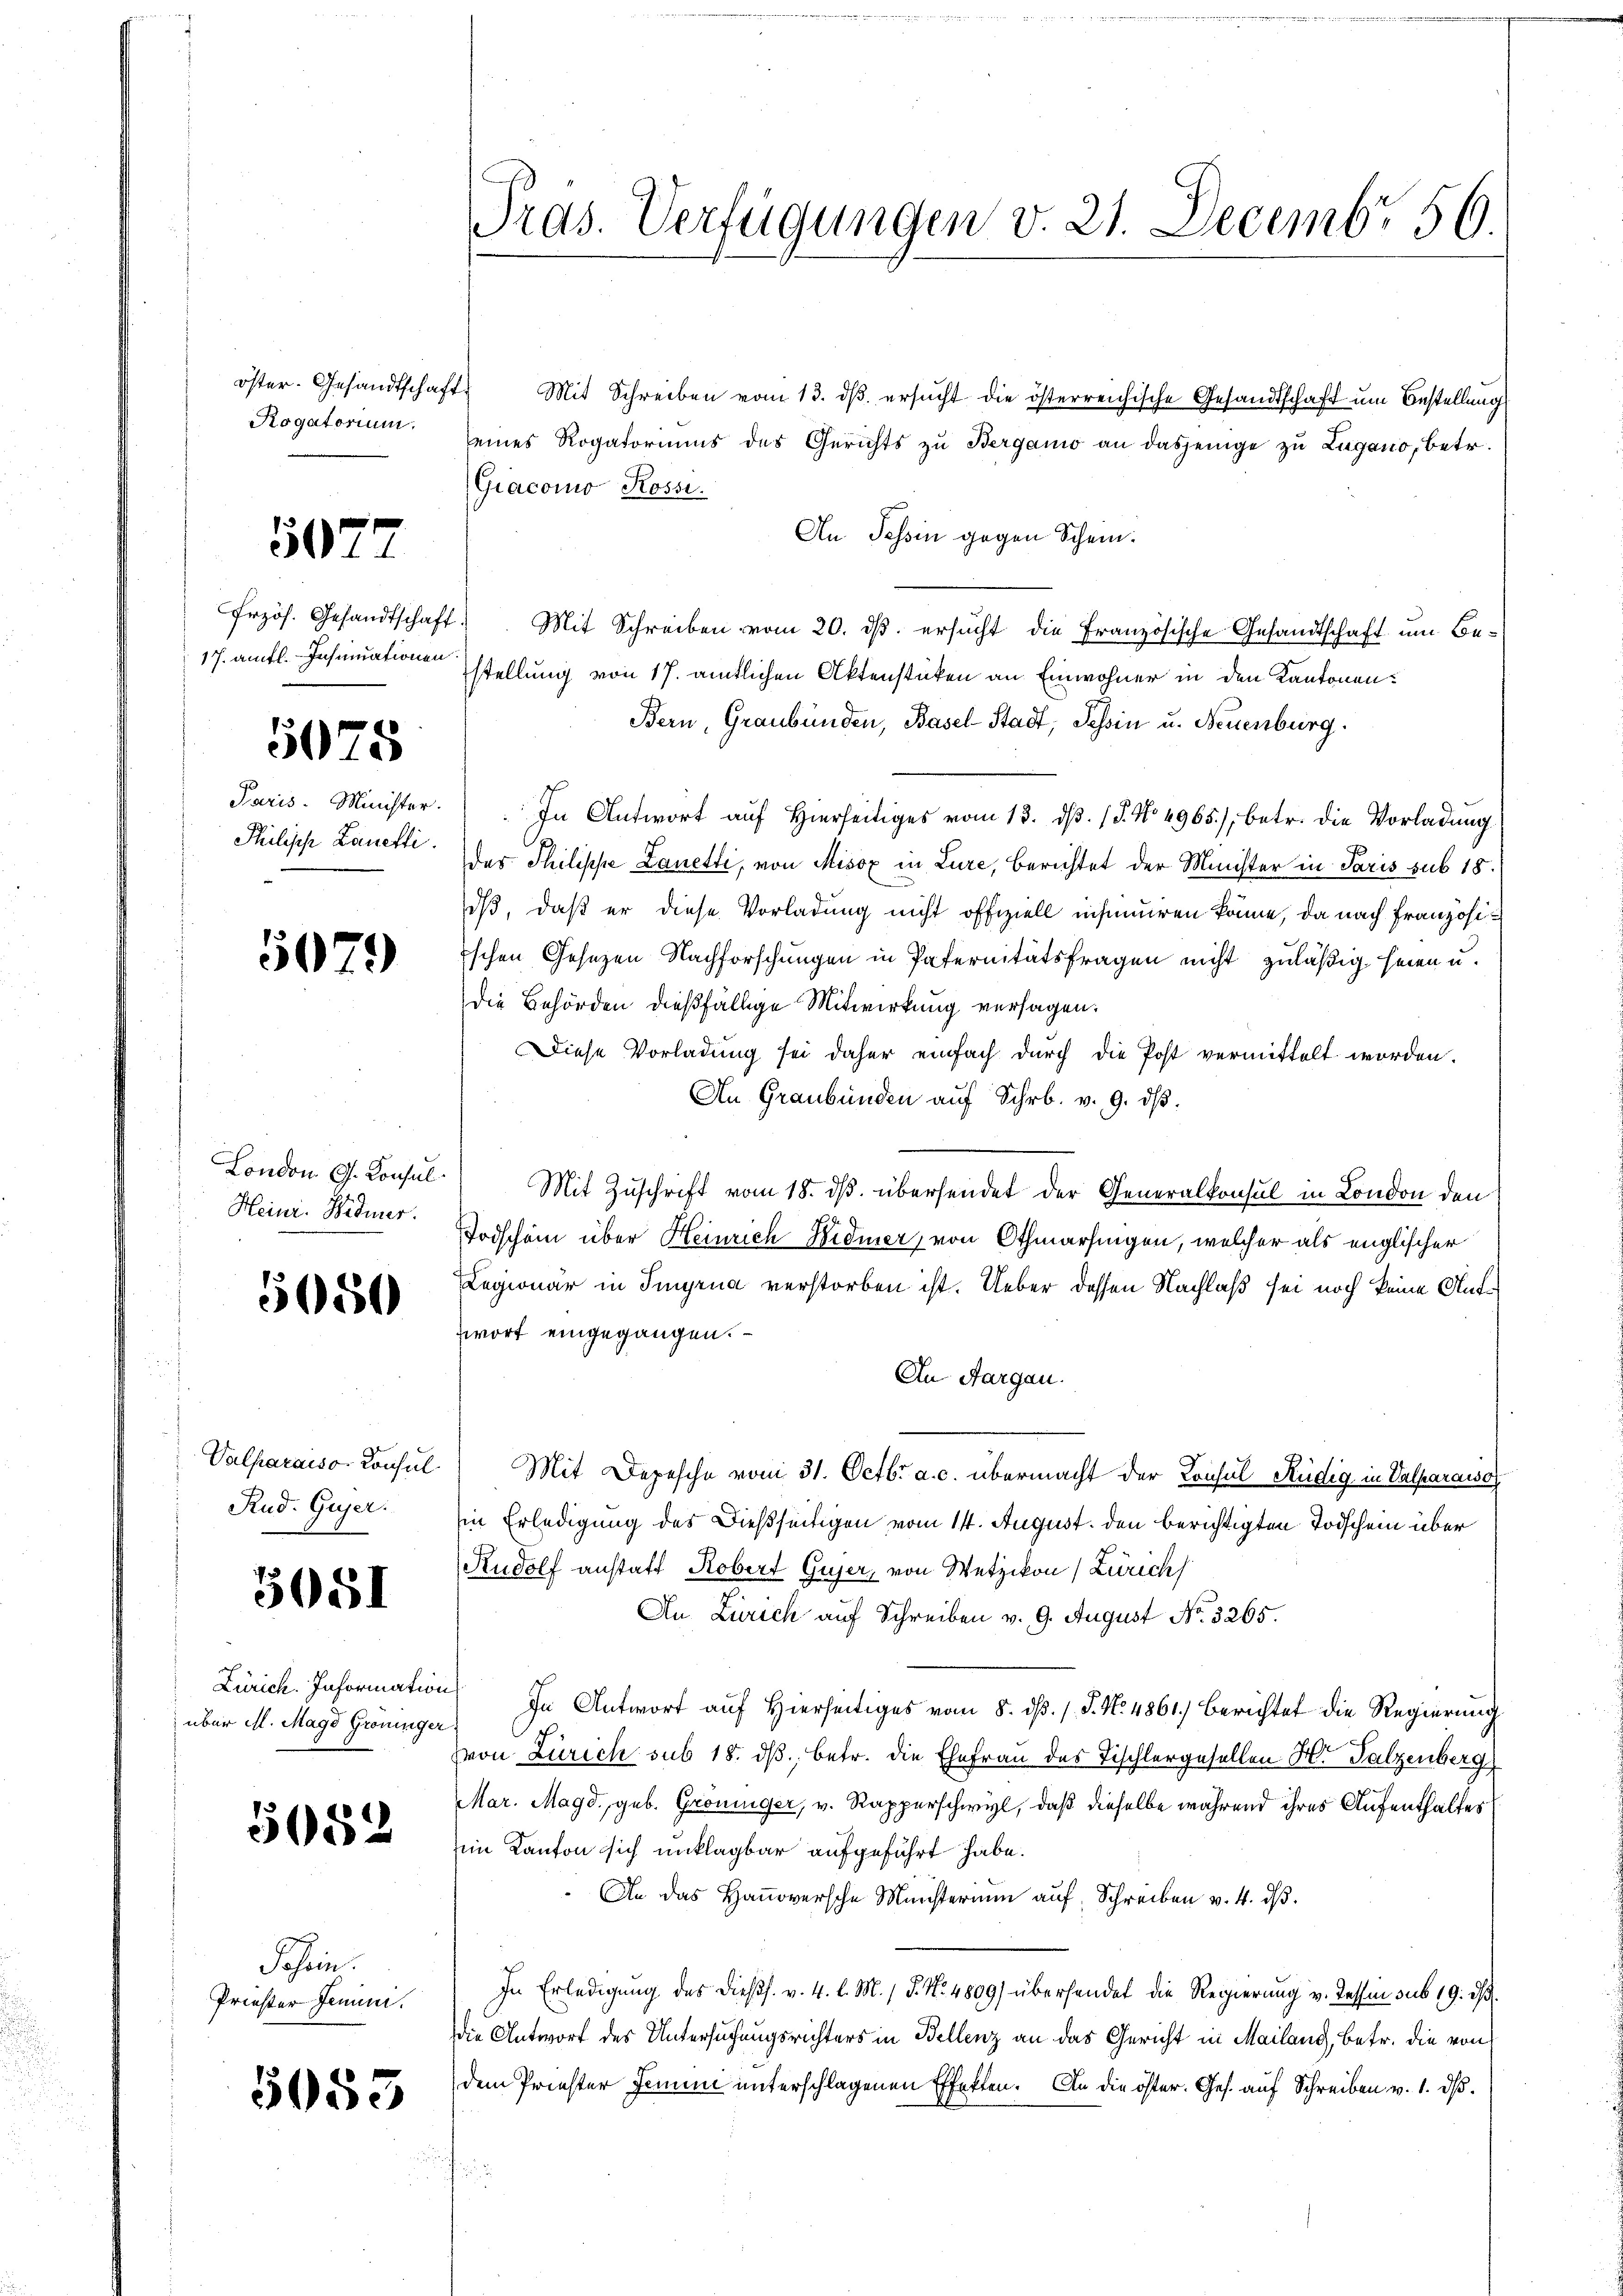
öster- Gesandtschaft
Rogatorium.

5077

17. Aufl. Insinuationen

5075

Paris. Minister.
Philische Lanetti.

5079

London G. Konsul
Heinr. Widmer.

5050

Valparaiso Consul
Rud. Gujer.

5081

Zürich. Informatio
über M. Magd Gröninge

5052

Schein.
Priester Jenini.

1053

Tras. Verfügungen v. 21. Decembr 56.

Mit Schreiben vom 13. dβ ersucht die österreichische Gesandtschaft um Bestellung
eines Rogatoriums des Gerichts zu Bergamo an dasjenige zu Lugano, betr.
Giacomo Rossi.
An Tessin gegen Schein.
frzös. Gesandtschaft. Mit Schreiben vom 20. ds. ersucht die Französische Gesandtschaft um Bestellung von 17. amtlichen Aktenstücken an Einwohner in den Kantonen.
Bern, Graubünden, Basel-Stadt, Tessin u. Neuenburg.
In Antwort auf Hierseitiges vom 13. d. J. No 4965), betr. die Vorladung
der Philippe Lanette, von Misox in Lure, berichtet der Minister in Paris sub 18.
dß, daß er diese Vorladung nicht offiziell insinuiren könne, da nach Französischen Gesetzen Nachforschungen in Paternitätsfragen nicht zuläßig seien u.
Die Behörden dießfällige Mitwirkung versagen.
Diese Vorladung sei daher einfach durch die Post vermittelt worden.
An Graubünden auf Schr. v. 9. dβ.
Mit Zuschrift vom 18. ds. übersendet der Generalkonsul in London den
Todschein über Heinrich Widmer, von Othmarsingen, welcher als englischer
Legionär in Singrua verstorben ist. Ueber dessen Nachlaß sei noch keine Antzwort eingegangen.
An Aargau.
Mit Depesche vom 31. Octbr. a. c. übermacht der Konsul Rüdig in Valparaiso
in Erledigung des Dießseitigen vom 14. August. den berichtigten Todschein über
Rudolf anstatt Robert Gujer, von Wetzikon (Zürich
An. Zürich auf Schreiben v. 9. August No. 3265.
In Antwort auf Hierseitiges vom 8. dβ. /. P. N. 4861. berichtet die Regierung
von Zürich sub 18. ds., betr. die Ehefrau des Fischlergesellen Hr. Falzenberg
Mar. Magd, geb. Gröninger, v. Rapperschwyl, daß dieselbe während ihres Aufenthaltes
Ein Kanton sich unklagbar aufgeführt habe.
An das Hanoversche Münsterium auf Schreiben v. 4. dβ.
In Erledigung des dießs. v. 4. l. M. / 5. No. 4809) übersendet die Regierung v. Tessin sub 19. ds.
die Antwort des Untersuchungsrichters in Bellenz an das Gericht in Mailand, betr. die von
dem Priester Jonen unterschlagenen Effekten. An die öster. Ges. auf Schreiben v. 1. ds.